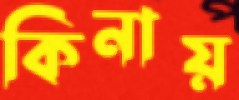
কিনায়